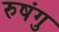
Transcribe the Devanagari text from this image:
रुषंगु